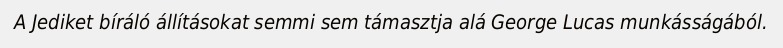
A Jediket bíráló állításokat semmi sem támasztja alá George Lucas munkásságából.